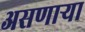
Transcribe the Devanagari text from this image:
असणार्‍या